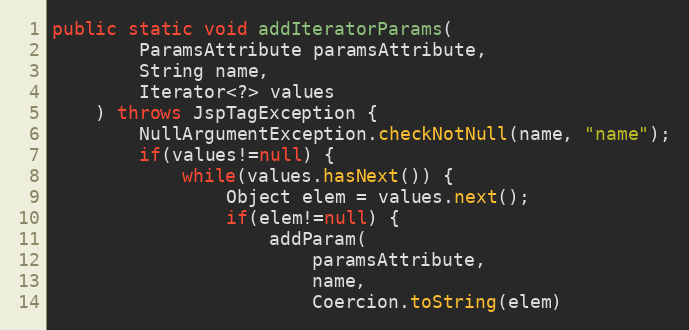
Language: Java
public static void addIteratorParams(
		ParamsAttribute paramsAttribute,
		String name,
		Iterator<?> values
	) throws JspTagException {
		NullArgumentException.checkNotNull(name, "name");
		if(values!=null) {
			while(values.hasNext()) {
				Object elem = values.next();
				if(elem!=null) {
					addParam(
						paramsAttribute,
						name,
						Coercion.toString(elem)